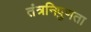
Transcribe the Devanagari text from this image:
तंत्रनिपुणता